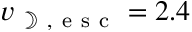
v _ { \mathrm { ~ \rightmoon ~ , ~ e ~ s ~ c ~ } } = 2 . 4